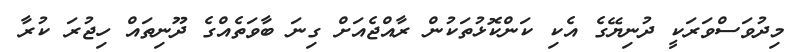
މިދުވަސްވަރަކީ ދުނިޔޭގެ އެކި ކަންކޮޅުތަކުން ރާއްޖެއަށް ގިނަ ބާވަތެއްގެ ދޫނިތައް ހިޖުރަ ކުރާ